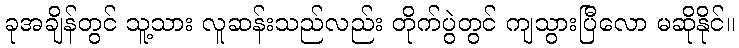
ခုအချိန်တွင် သူ့သား လူဆန်းသည်လည်း တိုက်ပွဲတွင် ကျသွားပြီလော မဆိုနိုင်။